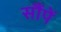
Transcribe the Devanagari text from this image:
सौंपें